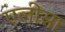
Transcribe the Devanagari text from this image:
एलीसा